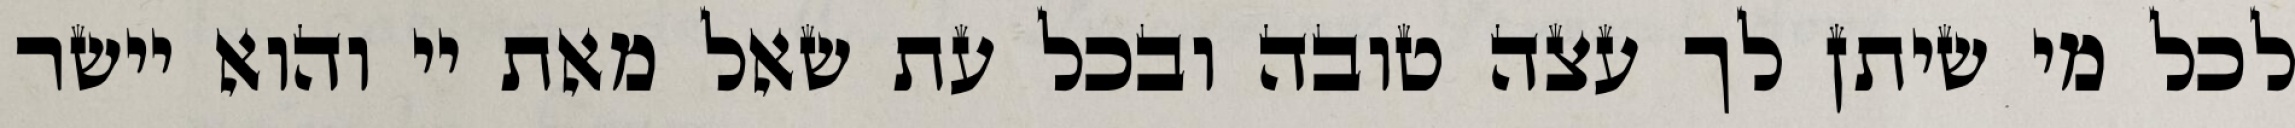
לכל מי שיתן לך עצה טובה ובכל עת שאל מאת יי והוא יישר